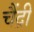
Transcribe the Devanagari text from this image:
चैंद्री